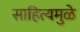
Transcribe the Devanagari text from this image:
साहित्यमुळे